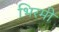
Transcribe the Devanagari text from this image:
भिरमी